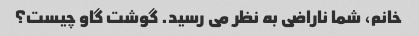
خانم، شما ناراضی به نظر می رسید. گوشت گاو چیست؟